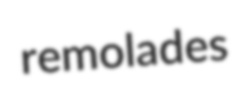
remolades